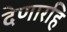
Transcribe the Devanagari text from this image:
देणारहि